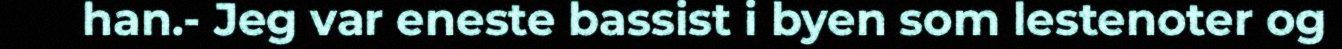
han.- Jeg var eneste bassist i byen som lestenoter og